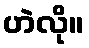
ဟဲလို။